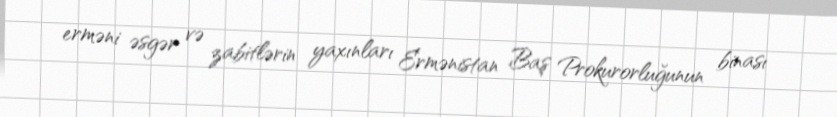
erməni əsgər və zabitlərin yaxınları Ermənistan Baş Prokurorluğunun binası